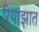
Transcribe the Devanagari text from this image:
रियाझात